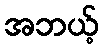
အဘယ့်